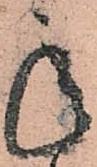
承